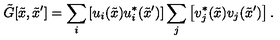
{ \tilde { G } } [ { \tilde { x } } , { \tilde { x } ^ { \prime } } ] = \sum _ { i } \left[ u _ { i } ( { \tilde { x } } ) u _ { i } ^ { * } ( { \tilde { x } ^ { \prime } } ) \right] \sum _ { j } \left[ v _ { j } ^ { * } ( { \tilde { x } } ) v _ { j } ( { \tilde { x } ^ { \prime } } ) \right] .